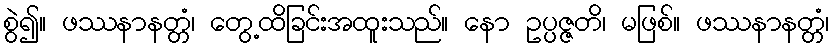
စွဲ၍။ ဖဿနာနတ္တံ၊ တွေ့ထိခြင်းအထူးသည်။ နော ဥပ္ပဇ္ဇတိ၊ မဖြစ်။ ဖဿနာနတ္တံ၊